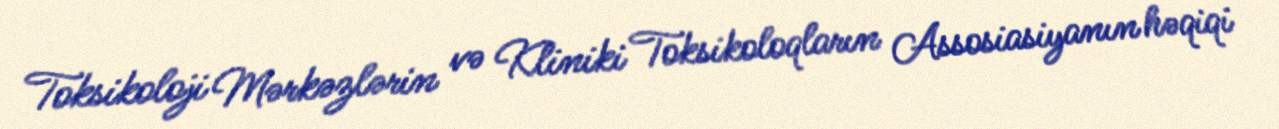
Toksikoloji Mərkəzlərin və Kliniki Toksikoloqların Assosiasiyanın həqiqi